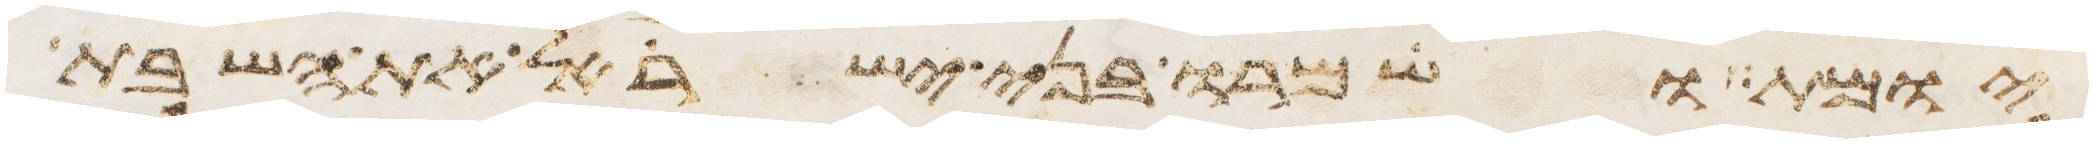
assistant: יומת ושמרו בני ישראל את השבת